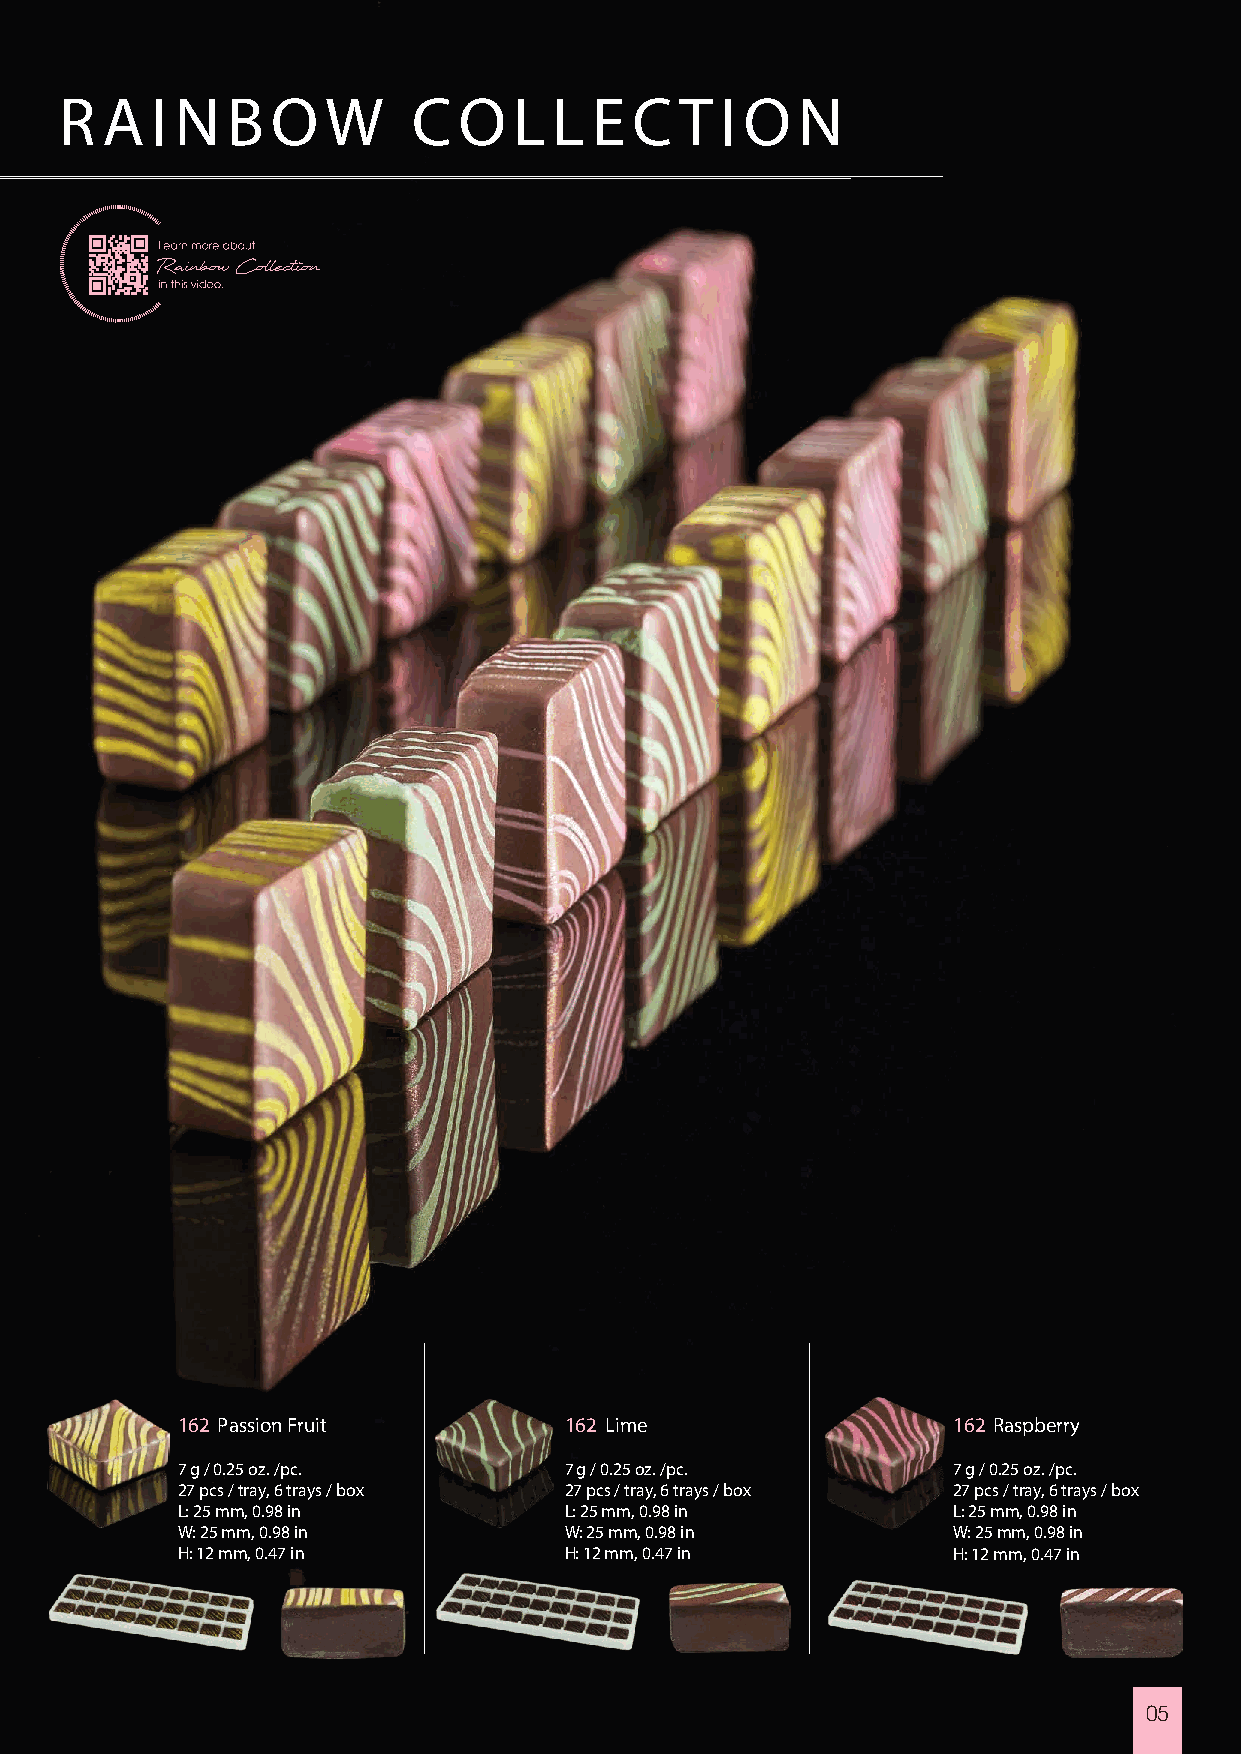
R  A  I N  B  O   W    C  O   L  LE   C  T  I ON
 Rainbow Collection
 162 Passion Fruit        162 Lime                  162 Raspberry
 7 g / 0.25 oz. /pc.      7 g / 0.25 oz. /pc.       7 g / 0.25 oz. /pc.
 27 pcs / tray, 6 trays / box 27 pcs / tray, 6 trays / box 27 pcs / tray, 6 trays / box
 L: 25 mm, 0.98 in        L: 25 mm, 0.98 in         L: 25 mm, 0.98 in
 W: 25 mm, 0.98 in        W: 25 mm, 0.98 in         W: 25 mm, 0.98 in
 H: 12 mm, 0.47 in        H: 12 mm, 0.47 in         H: 12 mm, 0.47 in
 05